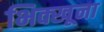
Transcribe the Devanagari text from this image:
भिक्खूना